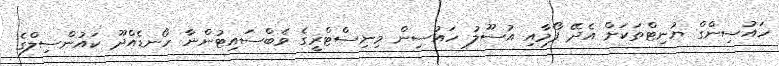
ހައުސިންގް ޔުނިޓްތަކަށް އެދޭ ފޯމާއި އުސޫލު ހައުސިން މިނިސްޓްރީގެ ވެބްސައިޓުންނާ ހޯނޑެއްދޫ ކައުންސިލްގެ